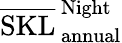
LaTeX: \overline{{\mathrm{SKL}}}_{\, \mathrm{annual}}^{\, \mathrm{Night}}